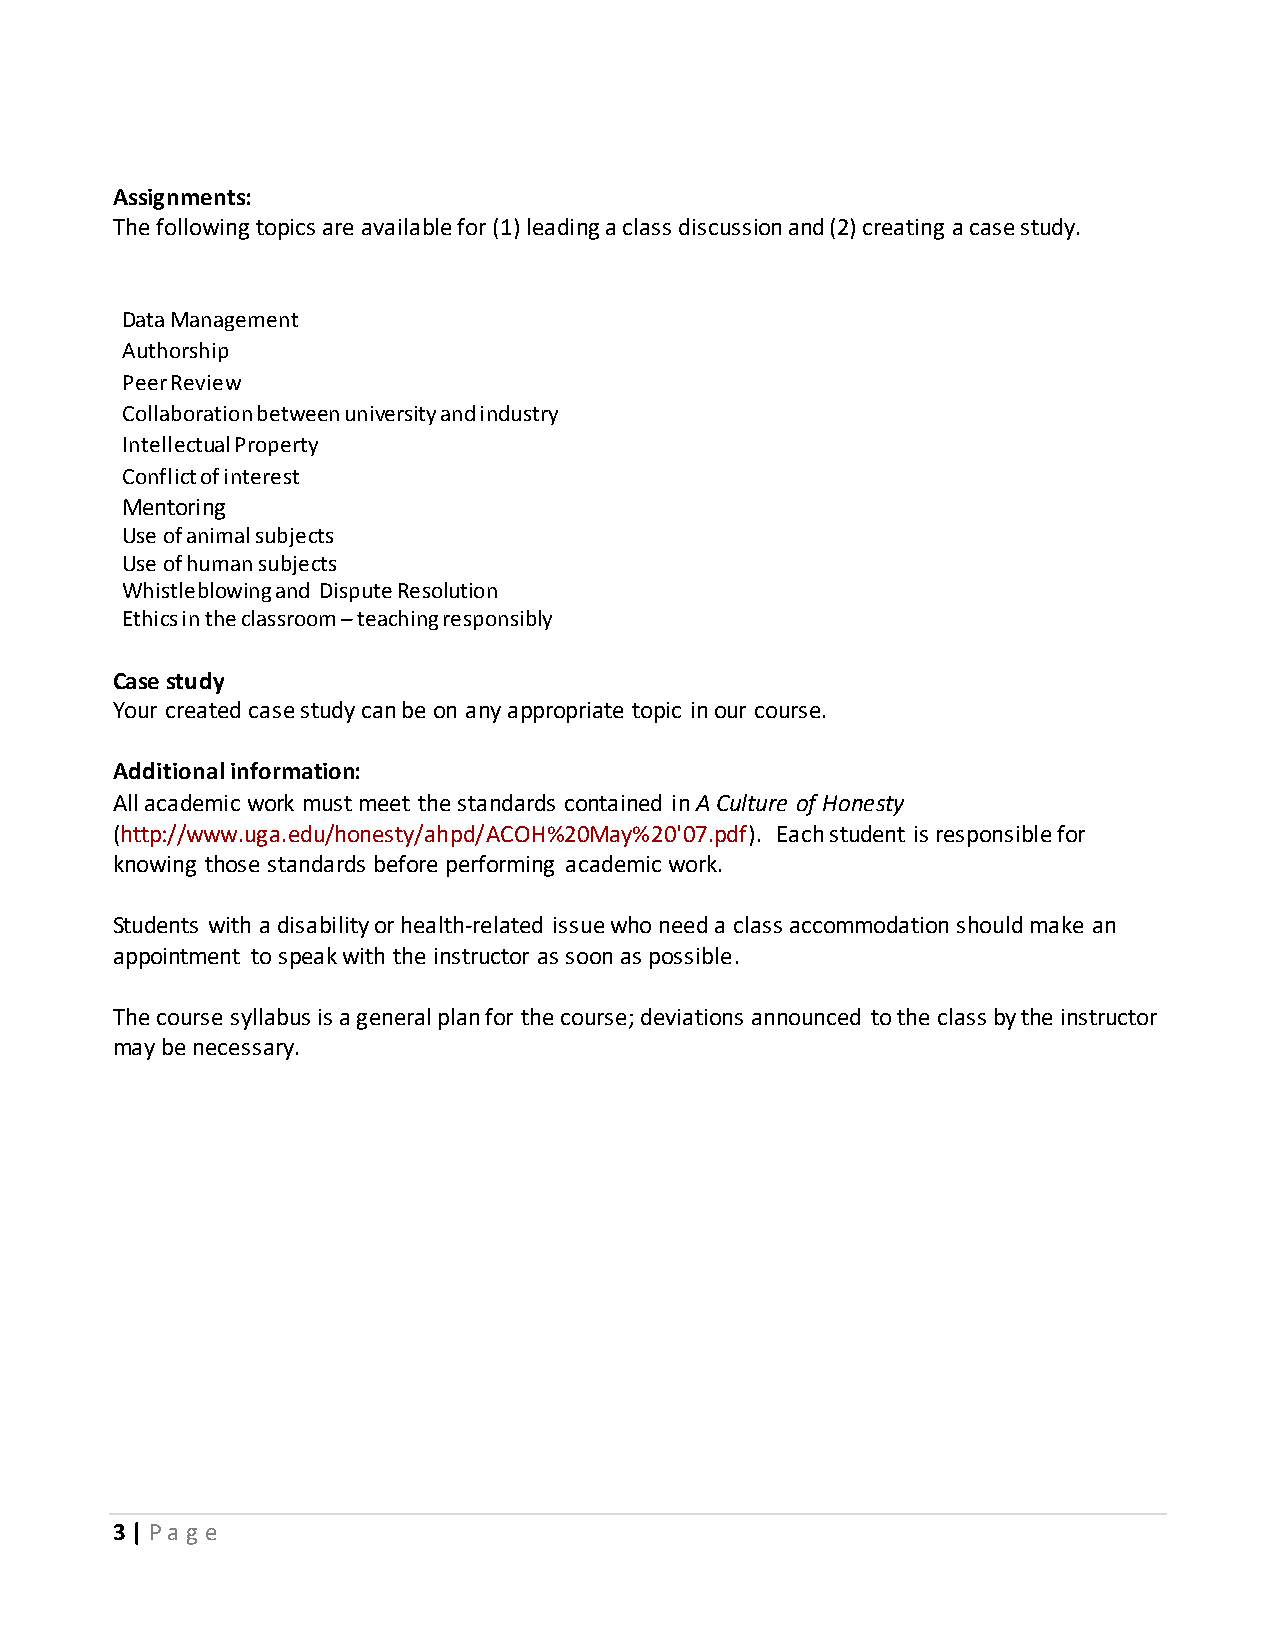
Assignments:
 The following topics are available for (1) leading a class discussion and (2) creating a case study.
 Data Management
 Authorship
 Peer Review
 Collaboration between university and industry
 Intellectual Property
 Conflict of interest
 Mentoring
 Use of animal subjects
 Use of human subjects
 Whistleblowing and Dispute Resolution
 Ethics in the classroom – teaching responsibly
 Case study
 Your created case study can be on any appropriate topic in our course.
 Additional information:
 All academic work must meet the standards contained in A Culture of Honesty
 (http://www.uga.edu/honesty/ahpd/ACOH%20May%20'07.pdf). Each student is responsible for
 knowing those standards before performing academic work.
 Students with a disability or health-related issue who need a class accommodation should make an
 appointment to speak with the instructor as soon as possible.
 The course syllabus is a general plan for the course; deviations announced to the class by the instructor
 may be necessary.
 3 | Pa g e